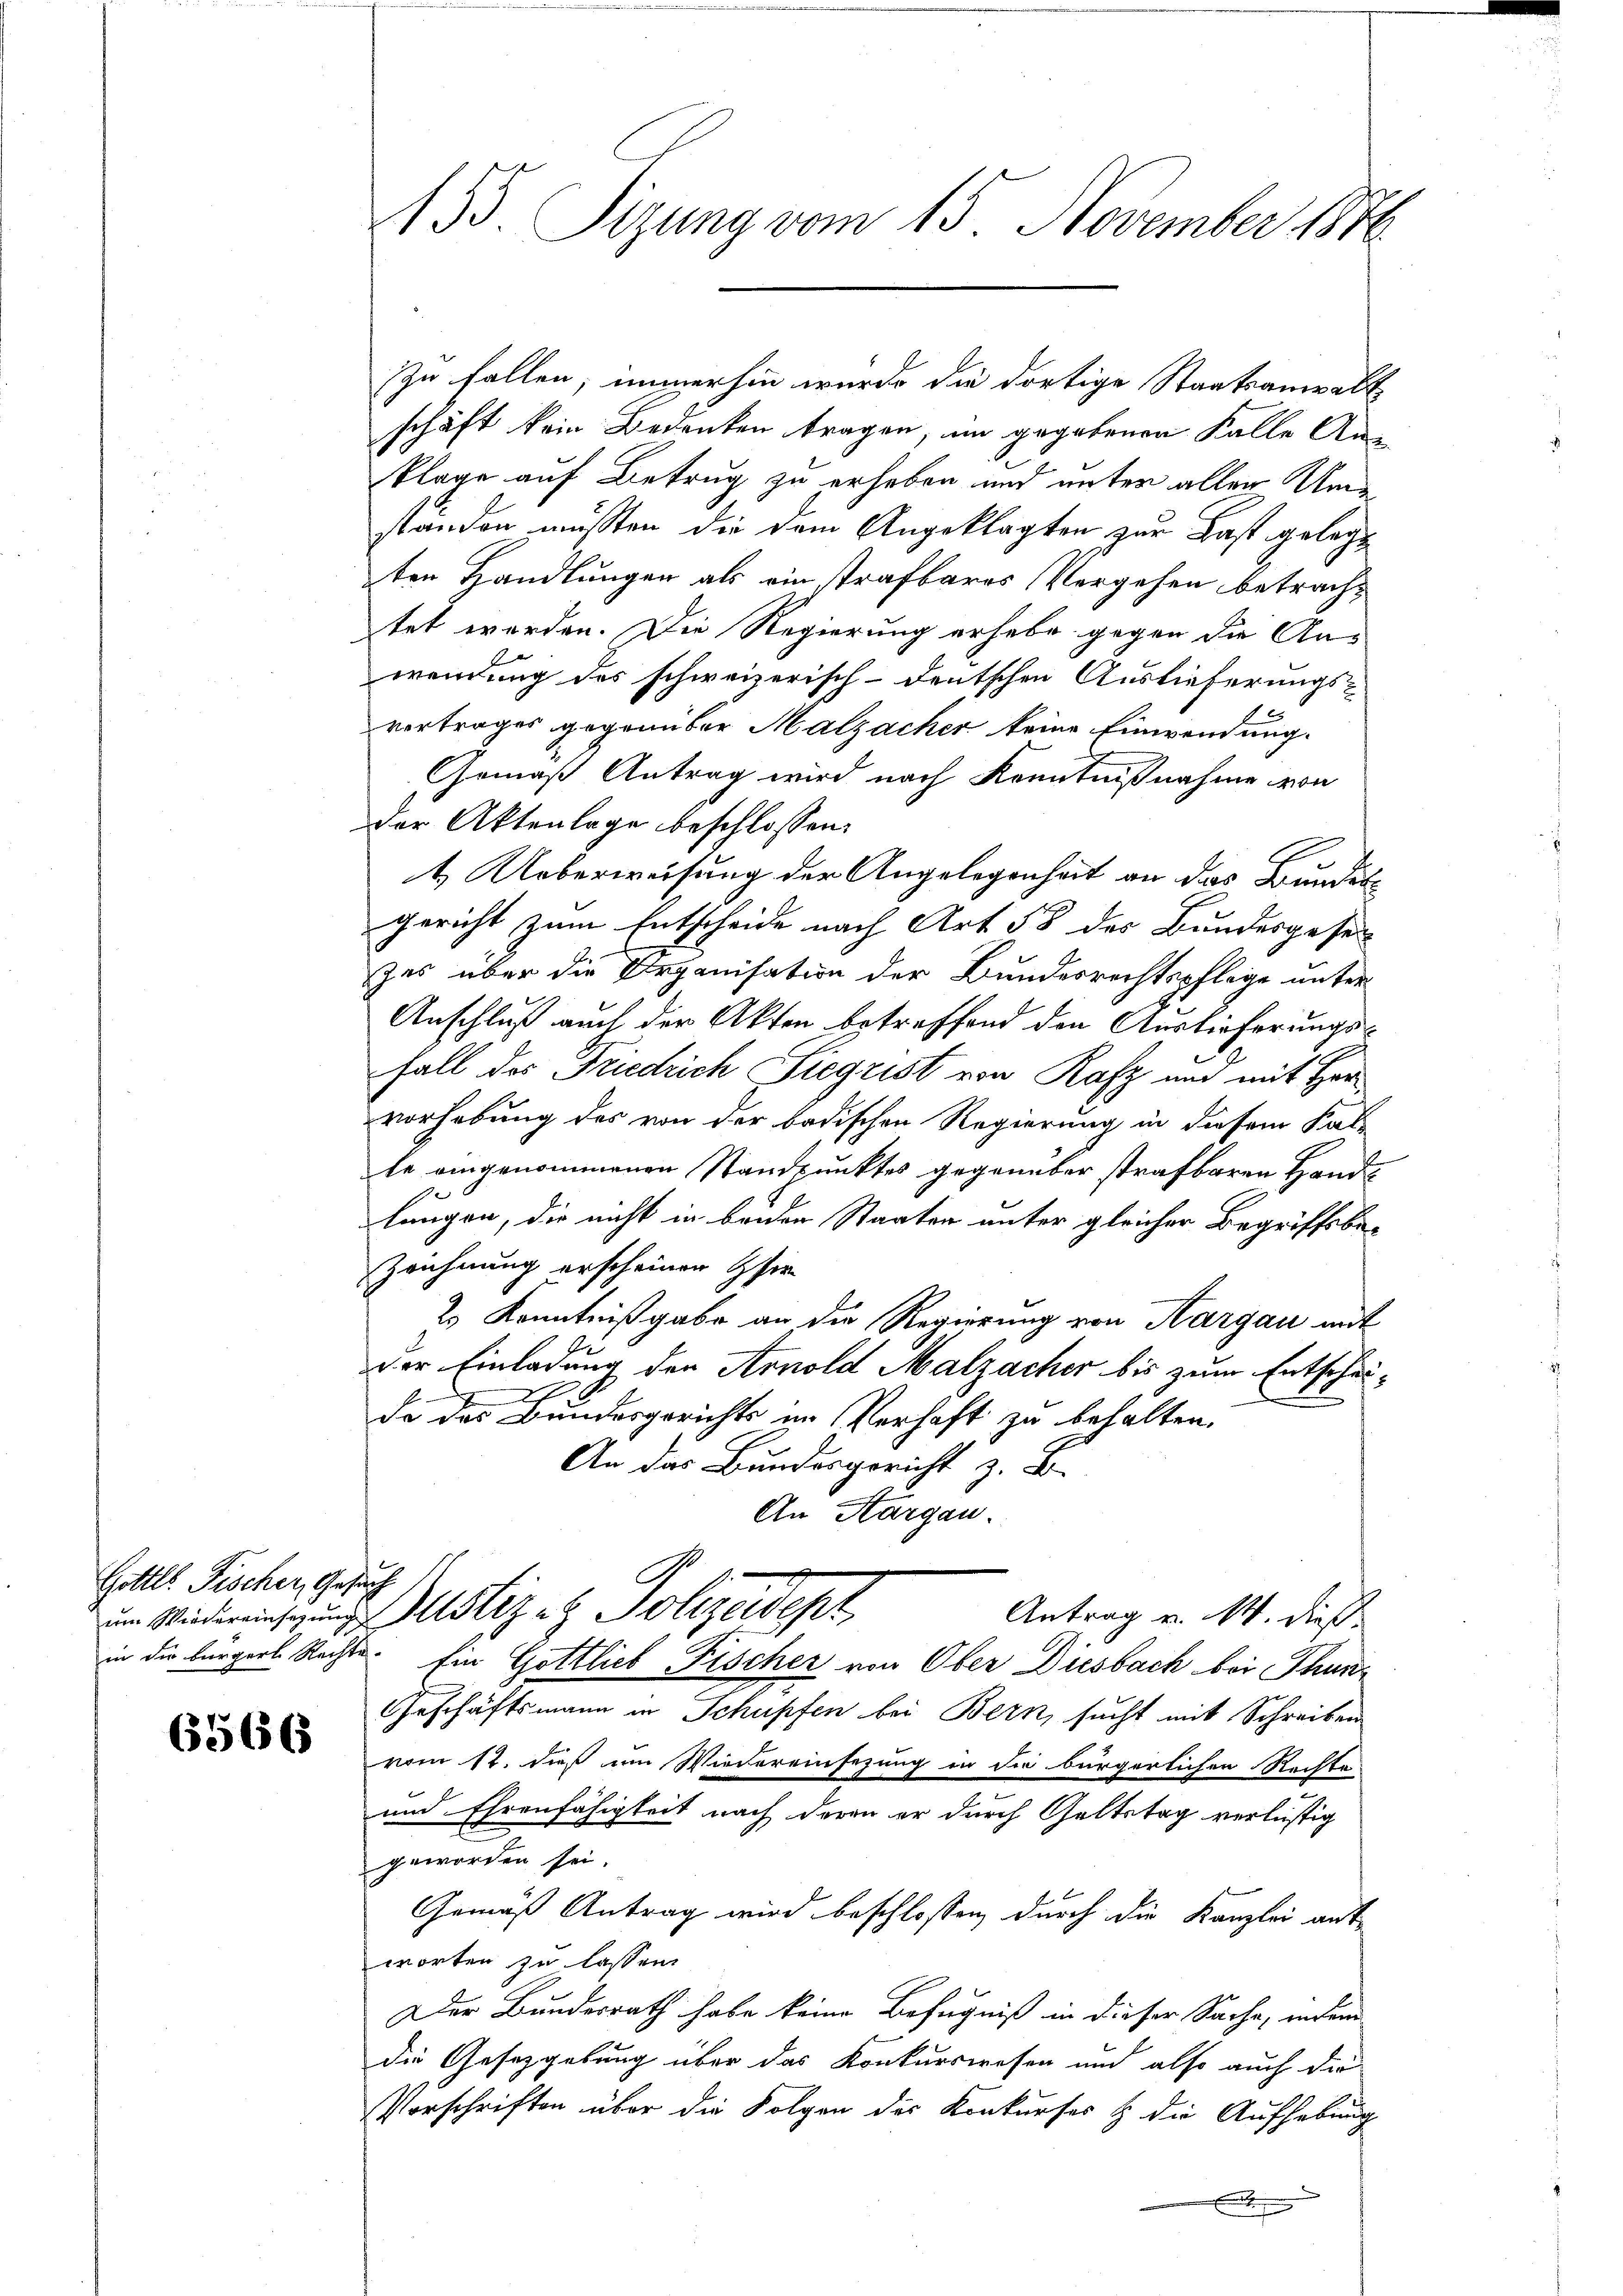
Gottl. Fischer, Gesuch

6566

135 Sizung vom 15. November 1876.

schäft kein Bedenken tragen, im gegebenen Kalle An-
klage auf Betrug zu erheben und unter aller Umstanden müssten die dem Angeklagten zur Last gelegt
ten Handlungen als ein strafbares Vergehen betrachtet worden. Die Regierung erhebe gegen die An-
wendung des schweizerisch-deutschen Auslieferungs-
vortrages gegenüber Malzacher keine Einwendung.
Gemäß Antrag wird nach Kenntnißnahme von
der Aktenlage beschlossen:
t Ueberweisung der Angelegenheit an das Bundesgericht zum Entscheide nach Art 58 des Bundesgeset
zes über die Organisation der Bundesrechtspflege unter
Anschluß auch der Akten betreffend den Auslieferungs¬
Fall des Friedrich Siegrist von Rafz und mit Her
vorhebung des von der badischen Regierung in diesem Kal-
le eingenommenen Standpunktes gegenüber strafbaren Handlangen, die nicht in beiden Staaten unter gleicher Begriffsbe¬
Zeichnung erscheinen hie
2.) Kenntnißgabe an die Regierung von Aargau mit
der Einladung der Arnold Malzacher bis zum Entschei¬
I
.
de des Bundesgerichts im Verhaft zu behalten.
An das Bundesgericht z. B.
An Aargau.
im Wideringung ustiz - Polizeidept,
Antrag v. M. dieß
in die bürgerl. Rechte Ein Gottlieb Fischer von Ober Diesbach bei Thunz
Geschäftsmann in Schupfen bei Bern, sucht mit Schreiben
vom 12. dieß im Wiedereinsezung in die bürgerlichen Rechte
und Ehrenfähigkeit nach deren er durch Geltstag verlustig
geworden sei.
Gemäß Antrag wird beschlossen, durch die Kanzlei antworten zu lassen.
Der Bundesrath habe keine Befugniß in dieser Sache, indem
die Gesetzgebung über das Konkurswesen und also auch die
Vorschriften über die Folgen des Konkurses & die Aufhebung
.

zu fallen, immerhin wurde die dortige Staatsanwalt